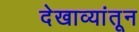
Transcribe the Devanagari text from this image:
देखाव्यांतून